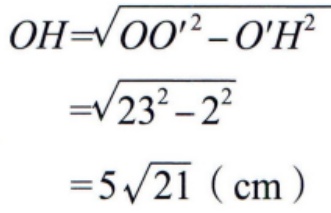
\[
\begin{align*}
OH&=\sqrt{OO'^{2}-O'H^{2}}\\
&=\sqrt{23^{2}-2^{2}}\\
&=5\sqrt{21}\ (\text{cm})
\end{align*}
\]